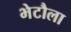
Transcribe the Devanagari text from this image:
भेटौला